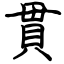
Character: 貫